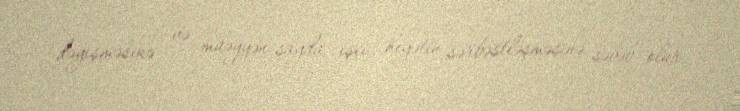
dəyişməsinə və müəyyən sayda işçi heyətin sərbəstləşməsinə səbəb olur.